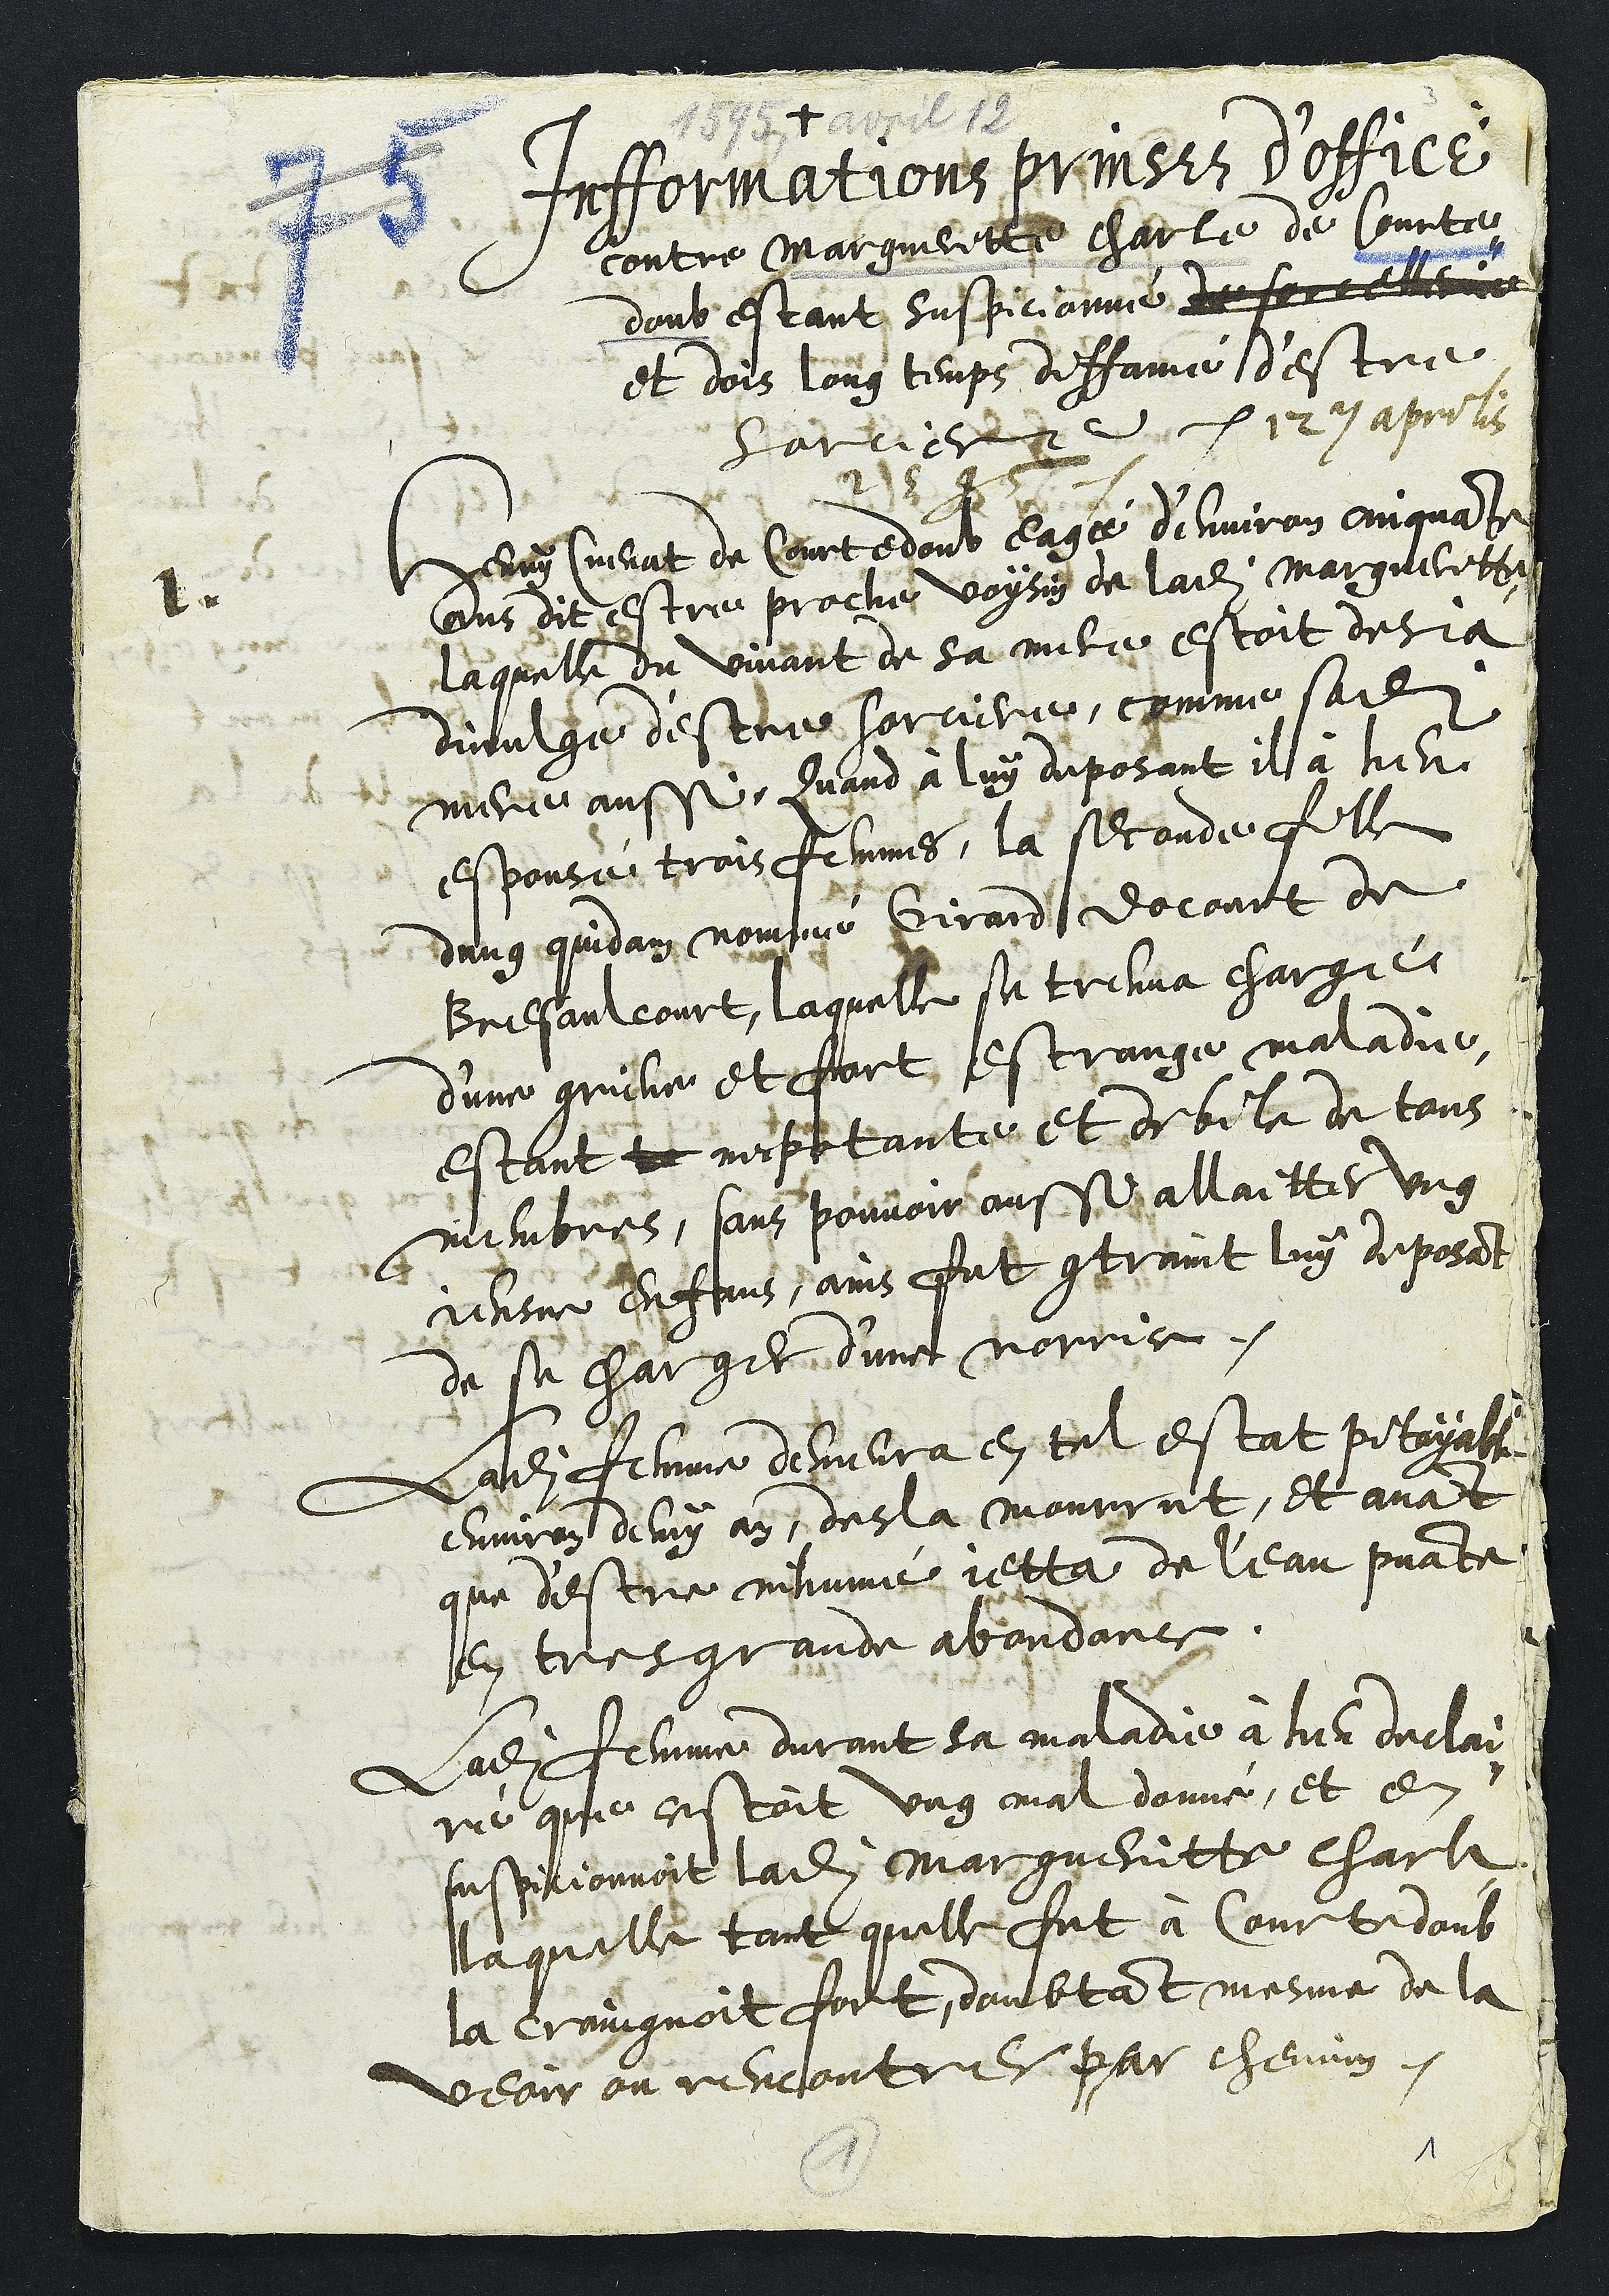
1595 avril 12
+
Infformations prinses d’office
contre Margueritte Charle de Courte-
doub estant suspicionné de sorcellerie
et dois long temps diffamé d'estre
sorciere 12e aprilis
1595
1.
Henry Cuenat de Courtedoub eagé d’environ cinquante
ans  dit estre proche voysin de ladite Margueritte
laquelle du vivant de sa mere estoit desja
divulge d'estre sorciere, comme sadite
mere aussi, Quand à luy deposant il à heu
espousé trois femmes, la seconde fille
dung quidam nommé Girard docourt de
Bresaulcourt, laquelle se treuva chargé
d’une grieve et fort estrange maladie
estant tr impotante et debile de tous
membres, sans pouvoir aussi allaitter ung
jeusne enfans, ains fut contraint luy deposant
de sa charger d'une norrice.
Ladite femme demeura en tel estat pitoyable
environ demy an, des la mourrut, et avant
que destre inhumé jetta de leau puante
en tres grande abondance
Ladite femme durant sa maladie à heu declai-
ré que cestoit ung mal donné, et en
suspicionnoit ladite Margueritte Charle
laquelle tant quelle fut à Courtedoub
la craingnoit fort, doubtant mesme de la
veoir ou rencontrer par chemin.